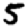
Digit: 5